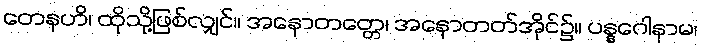
တေနဟိ၊ ထိုသို့ဖြစ်လျှင်။ အနောတတ္တေ၊ အနောတတ်အိုင်၌။ ပန္နဂေါနာမ၊